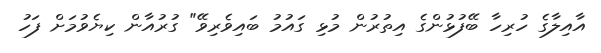
އާއިލާގެ ހުރިހާ ބޭފުޅުންގެ އިތުރުން މުޅި ގައުމު ބައިވެރިވޭ" ގުރުއާން ކިޔެވުމަށް ފަހު